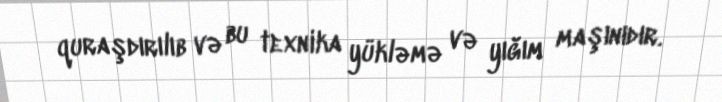
quraşdırılıb və bu texnika yükləmə və yığım maşınıdır.